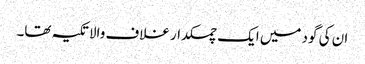
ان کی گود میں ایک چمکدار غلاف والا تکیہ تھا۔